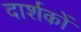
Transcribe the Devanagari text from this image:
दार्शकों